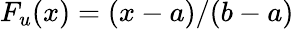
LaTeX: F_{u}(x)=(x-a)/(b-a)